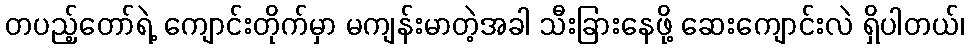
တပည့်တော်ရဲ့ ကျောင်းတိုက်မှာ မကျန်းမာတဲ့အခါ သီးခြားနေဖို့ ဆေးကျောင်းလဲ ရှိပါတယ်၊